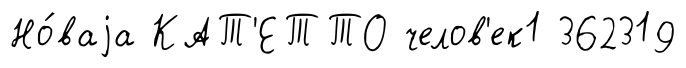
Но́ваjа КАТ'ЕТТО челов'ек1 362319